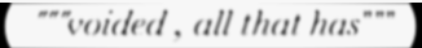
"""voided , all that has"""